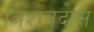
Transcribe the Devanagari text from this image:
बिशनदास